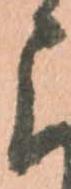
に